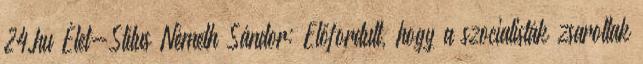
24.hu Élet-Stílus Németh Sándor: Előfordult, hogy a szocialisták zsaroltak